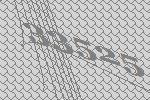
33525